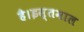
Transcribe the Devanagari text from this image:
है।इस्तमाल